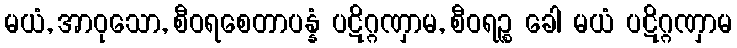
မယံ, အာဝုသော, စီဝရစေတာပန္နံ ပဋိဂ္ဂဏှာမ, စီဝရဉ္စ ခေါ မယံ ပဋိဂ္ဂဏှာမ